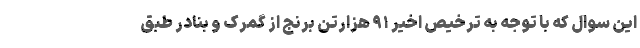
این سوال که با توجه به ترخیص اخیر ۹۱ هزارتن برنج از گمرک و بنادر طبق